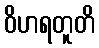
ဝိဟရတူတိ